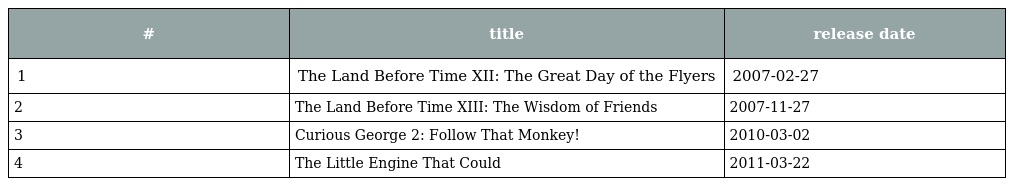
| # | title | release date |
 | --- | --- | --- |
 | 1 | The Land Before Time XII: The Great Day of the Flyers | 2007-02-27 |
 | 2 | The Land Before Time XIII: The Wisdom of Friends | 2007-11-27 |
 | 3 | Curious George 2: Follow That Monkey! | 2010-03-02 |
 | 4 | The Little Engine That Could | 2011-03-22 |